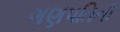
ગણપતિની